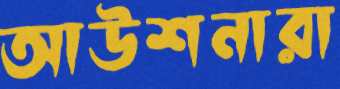
আউশনারা